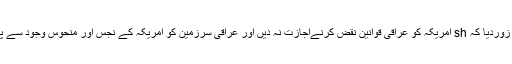
انھوں نے عراقی حکومت پر زوردیا کہ sh امریکہ کو عراقی قوانین نقض کرنےاجازت نہ دیں اور عراقی سرزمین کو امریکہ کے نجس اور منحوس وجود سے پاک کرنے کی کوشش کریں ۔